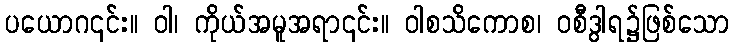
ပယောဂ၎င်း။ ဝါ၊ ကိုယ်အမူအရာ၎င်း။ ဝါစသိကောစ၊ ဝစီဒွါရ၌ဖြစ်သော